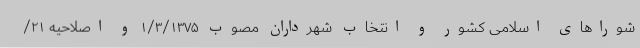
شوراهای اسلامی کشور و انتخاب شهرداران مصوب ۱/۳/۱۳۷۵ و اصلاحیه ۲۱/